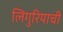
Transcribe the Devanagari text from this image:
लिगुरियाची